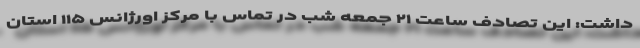
داشت: این تصادف ساعت ۲۱ جمعه شب در تماس با مرکز اورژانس ۱۱۵ استان